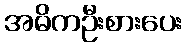
အဓိကဦးစားပေး